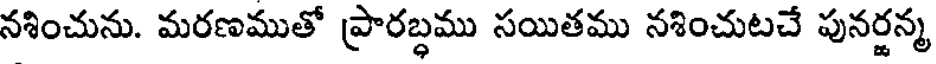
నశించును. మరణముతో ప్రారబ్ధము సయితము నశించుటచే పునర్జన్మ